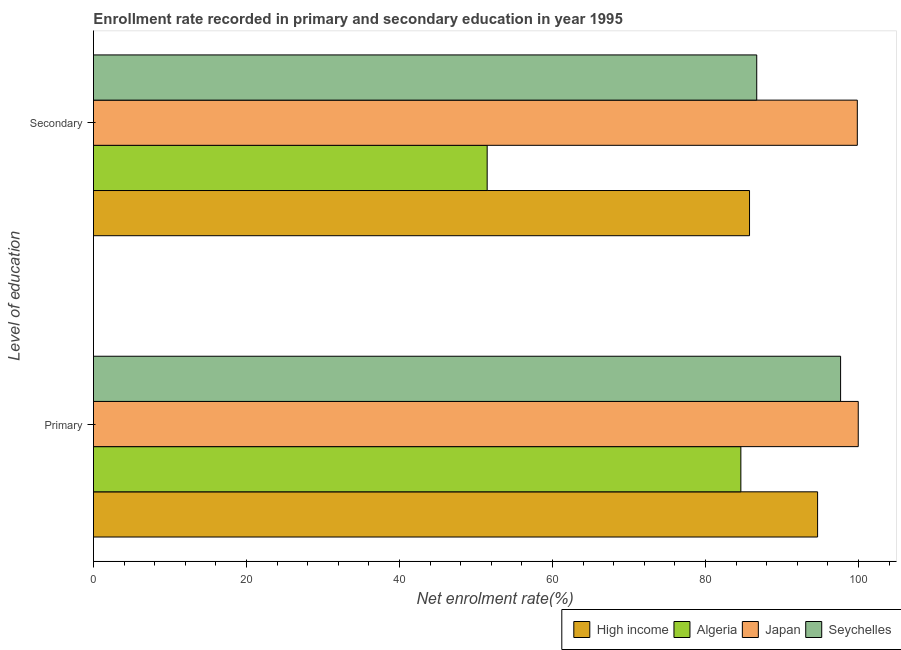
| Level of education | High income | Algeria | Japan | Seychelles |
 | --- | --- | --- | --- | --- |
 | Primary | 94.6 | 84.6 | 100 | 97.7 |
 | Secondary | 85.7 | 51.5 | 99.8 | 86.7 |